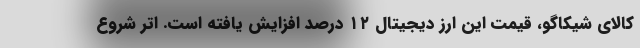
کالای شیکاگو، قیمت این ارز دیجیتال ۱۲ درصد افزایش یافته است. اتر شروع